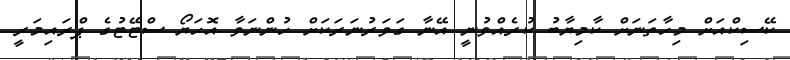
ކޭސިކްއަށް މިހާތަނަށް ކާމިޔާބު ކުރެއްވުނީ އޭނާ ގަވަރުނަރަކަށް ހުންނަވާ އޮހަޔޯ ސްޓޭޓުގެ ޕްރައިމަރީ